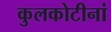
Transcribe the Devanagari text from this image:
कुलकोटीनां